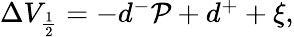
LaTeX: \begin{array}{r}{\Delta V_{\frac{1}{2}}=-d^{-}\mathcal{P}+d^{+}+\xi,}\end{array}